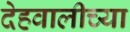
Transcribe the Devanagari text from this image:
देहवालीच्या